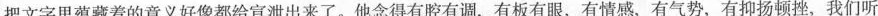
把文字里蕴藏着的意义好像都给宣泄出来了。他念得有腔有调，有板有眼，有情感，有气势，有抑扬顿挫。我们听